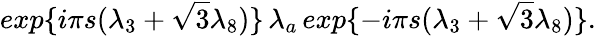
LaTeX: exp\{ {i{\pi}s({\lambda}_{3}+{\sqrt{3}}{\lambda}_{8})}\} \, {\lambda}_{a}\, exp\{ {-i{\pi}s({\lambda}_{3}+{\sqrt{3}}{\lambda}_{8})}\} .